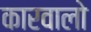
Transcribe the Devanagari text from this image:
कारवालो